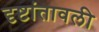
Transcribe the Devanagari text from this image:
दृष्टांतावली